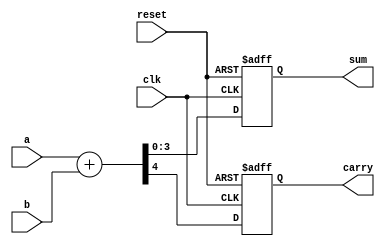
module example_design (
    input wire clk,
    input wire reset,
    input wire [3:0] a,
    input wire [3:0] b,
    output reg [3:0] sum,
    output reg carry
);

// Signal Declaration
reg [3:0] temp_sum;
reg temp_carry;

// Task Definition
task calculate_sum;
    input [3:0] x;
    input [3:0] y;
    output [3:0] result;
    output c_out;
    begin
        {c_out, result} = x + y; // Calculate sum and carry
    end
endtask

// Continuous Assignment with Non-Blocking Assignments
always @(posedge clk or posedge reset) begin
    if (reset) begin
        sum <= 4'b0000; // Reset sum
        carry <= 1'b0;  // Reset carry
    end else begin
        // Call the task to calculate sum and carry
        calculate_sum(a, b, temp_sum, temp_carry);
        
        // Non-blocking assignments to update outputs
        sum <= temp_sum;
        carry <= temp_carry;
    end
end

endmodule